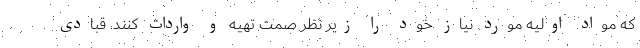
که مواد اولیه مورد نیاز خود را زیر نظر صمت تهیه و واردات کنند. قبادی